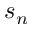
s _ { n }